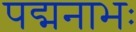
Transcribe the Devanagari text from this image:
पद्मनाभः